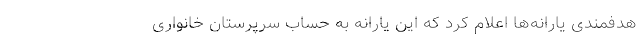
هدفمندی یارانه‌ها اعلام کرد که این یارانه به حساب سرپرستان خانواری